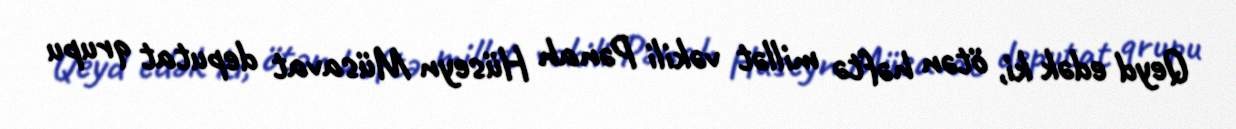
Qeyd edək ki, ötən həftə millət vəkili Pənah Hüseyn Müsavat deputat qrupu